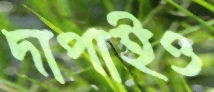
দাপাইও